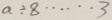
a \div 8 \cdots 3